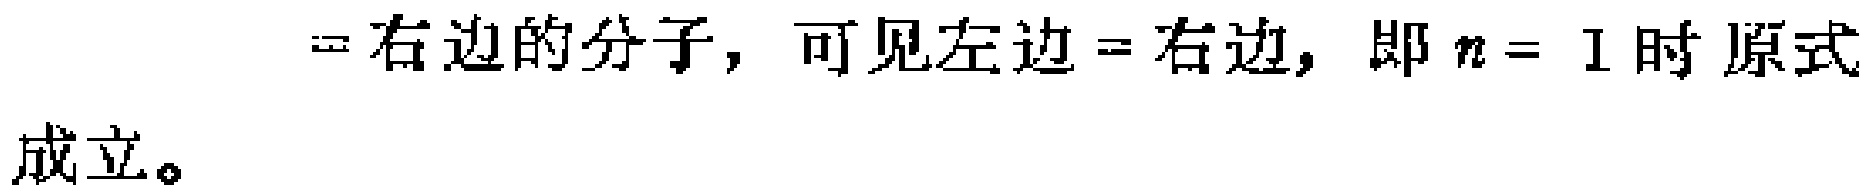
$=$右边的分子, 可见左边 $=$ 右边, 即 $n = 1$ 时原式

成立。